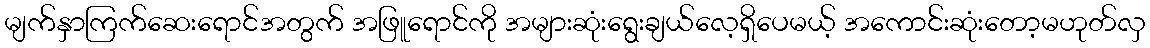
မျက်နှာကြက်ဆေးရောင်အတွက် အဖြူရောင်ကို အများဆုံးရွေးချယ်လေ့ရှိပေမယ့် အကောင်းဆုံးတော့မဟုတ်လှ